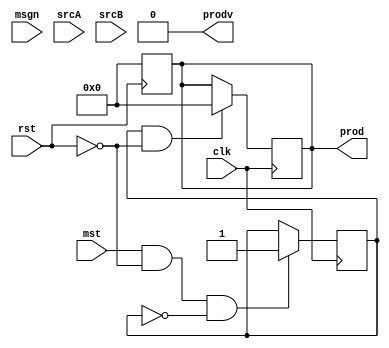
module MultSerial(input clk, rst, mst, msgn,
               input  [31:0] srcA, srcB, 
               output [63:0] prod,
		output prodv);

reg [31:0] intA, intB, latchA, latchB;
reg [63:0] intprod;
integer i;
reg state, done, sign, start_latch, msgn_latch, negate;

initial begin
	state = 0;
	done = 0;
	start_latch = 0;
	sign = 0;
	msgn_latch = 0;
	negate = 0;
end

always@(posedge rst) begin
	if(rst) begin
		state = 0;
		done = 0;
		intA <= 32'b0;
		intB <= 32'b0;
		intprod <= 64'b0;
		i = 0;
		
	end
end

always@(posedge clk) begin
	if(mst & rst == 0 & start_latch == 0) begin
		start_latch <= 1;
		latchA <= srcA;
		latchB <= srcB;
		msgn_latch <= msgn;
		done <= 0;
	end

	if(start_latch & state == 0 & rst == 0) begin
		intA <= latchA;
		intB <= latchB;
		i = 31;
		state <= 1;
		intprod <= 64'b0;
	end
	if(state == 1 & rst == 0) begin
		if(msgn_latch == 0) begin
			if(intB != 0) begin
				if(intB[0]) begin
					intprod[i-:32] <= intprod[i-:32] + intA;
				end
				intB = intB >> 1;
				i <= i + 1;
			end
			else begin
				done <= 1;
				state <= 0;
				start_latch <= 0;
			end
		end
		else begin
			intB[31] <= 0;
			intA[31] <= 0;
			if(intB[31] == 0 & intA[31] == 0) begin
			if(intB != 0) begin
				if(intB[0]) begin
					intprod[i-:32] <= intprod[i-:32] + intA;
				end
				intB = intB >> 1;
				i <= i + 1;
			end
			else begin
				if((latchA[31] ^ latchB[31]) & negate == 0) begin
					intprod <= ~(intprod) + {63'b0, 1'b1};
					negate <= 1;
				end
				else begin
				done <= 1;
				state <= 0;
				start_latch <= 0;
				intprod <= intprod | {latchA[31] ^ latchB[31], 63'b0};
				negate <= 0;
				end
			end
			end
		end
	end
end

assign prod = intprod;
assign prodv = done;

endmodule